Annual administration report of the Civil Veterinary Department of India - 1896-1897
Year: 1896
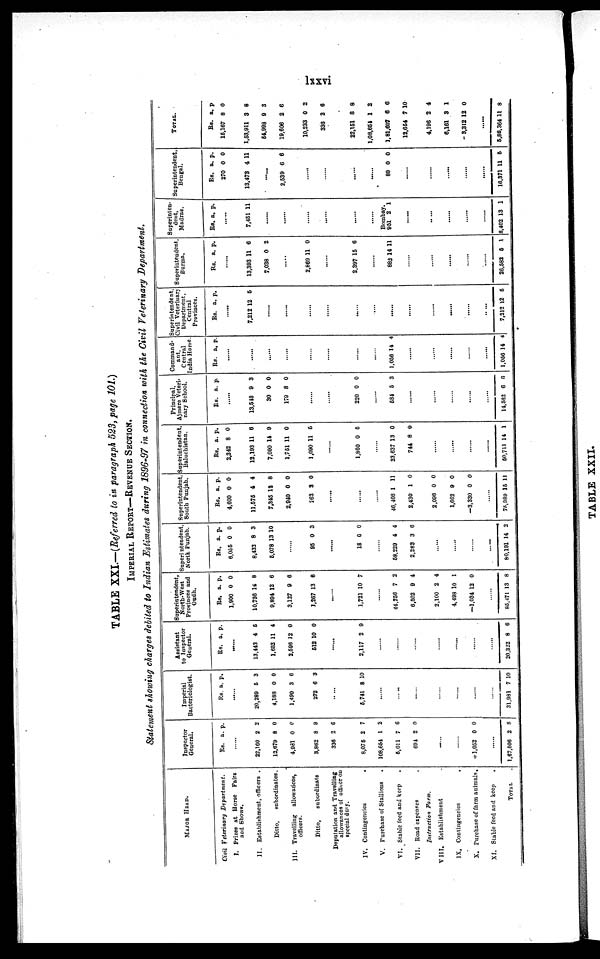
lxxvi
TABLE XXI.—(Referred to in paragraph 523, page 101.)
IMPERIAL REPORT—REVENUE SECTION.
Statement showing charges debited to Indian Estimates during 1896-97 in connection with the Civil Veterinary Department.
MAJOR HEAD.
Civil Veterinary
Department.
I. Prizes at Horse Pairs
and Shows.
II. Establishment, officers .
Ditto,
subordinates.
III. Travelling
allowances,
officers.
Ditto,
subordinate
Deputation and Travelling
allowances of officer on
special duty.
IV. Contingencies
.
V. Purchase of Stallions
.
VI. Stable feed and keep .
VII. Road expenses .
Instruction
Farm.
VIII. Establishment .
IX. Contingencies
.
X. Purchase of farm animals.
XI. Stable feed and keep .
TOTAL
Inspector
General,
Rs. a. p.
22,160 2 2
12,679 8 0
4,981 0 0
3,862 8 9
336 2 6
8,075 2 7
108,654 1 2
5,011 7 6
694 2 0
.......
........
-1,052 0 0
1,67,506 2 8
Imperial
Bacteriologist.
Rs. a. p.
20,289 5 3
4,188 0 0
1,490 3 6
272 6 3
.. ...
5,741 8 10
........
... ...
........
........
........
.......
31,981 7 10
Assistant
to Inspector
General.
Rs. a. p.
13,443 4 6
1,662 11 4
2,596 12 0
512 10 0
.....
2,117 2 9
........
........
........
........
........
........
20,322 8 6
Superintendent,
North-West
Provinces and
Oudh.
Rs. a. p.
1,900 0 0
10,736 14 8
9,894 12 6
3,127 9 6
1,267 13 8
......
1,721 10 7
......
44,756 7 2
6,502 9 4
2,100 2 4
4,498 10 1
—1,034 12 0
86,471 13 8
Superintendent,
North Punjab.
Rs. a. p.
6,055 0 0
8,432 8 3
6,078 13 10
95 0 3
......
18 0 0
........
68,229 4 4
2,283 3 6
.........
.........
.........
80,191 14 2
Superintendent,
South Punjab.
R6. a. p.
4,600 0 0
11,676 4 4
7,345 19 8
2,940 0 0
262 3 0
......
.......
46, 408 1 11
2,430 1 0
2,096 0 0
1,662 9 0
-3,330 0 0
75, 989 15 11
Superintendent
Baluchistan.
Rs. a. p.
2,342 8 0
12,193 11 6
7,090 14 9
1,761 11 0
1,090 11 6
.......
1,860 0 5
........
23,637 13 0
744 8 0
.......
.......
.......
60,711 14 1
Principal,
Ajmere Veteri-
nary School.
Rs. a. p.
13,548 9 3
30 0 0
179 8 0
......
......
220 0 0
.......
584 5 3
........
.......
........
........
14,582 6 0
Command-
ant,
Central
India Horse
Rs. a. p.
.......
.......
. . . . . .
.......
1,056 14 4
..........
........
........
.........
1,056 14 4
Superintendent,
Civil Veterinary
Department,
Central
Provinces.
Rs. a. p.
7,212 12 5
........
........
.......
.......
.......
.......
.......
. . . . .
7,212 12 5
Superintendent,
Burma.
Rs. a. p.
13,393 11 6
7,038 0 2
2,869 11 0
......
2,397 15 6
........
882 14 11
..........
..........
.........
26,582 5 1
Superinten-
dent,
Madras.
Rs. a. p.
7,451 11
.......
......
......
Bombay.
951 2 1
..........
...........
...........
8,402 13 1
Superintendent
Bengal.
Rs. a. p.
270 0 0
13,473 4 11
2,539 6 6
.......
......
........
89 0 0
............
............
............
16,371 11 5
TOTAL.
Rs. a. p
16,167 8 0
1,63,911 3 8
64,998 9 3
19,606 2 6
10,233 0 2
336 2 6
22,161 8 8
1,08,651 1 2
1,81,607 6 6
12,664 7 10
4,196 2 4
6,161 3 1
- 3,312 12 0
5.86,364 11 8